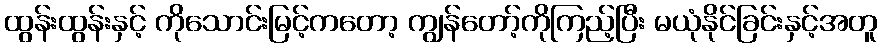
ထွန်းထွန်းနှင့် ကိုသောင်းမြင့်ကတော့ ကျွန်တော့်ကိုကြည့်ပြီး မယုံနိုင်ခြင်းနှင့်အတူ